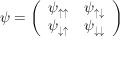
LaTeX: { \boldsymbol { \psi } } = { \left( \begin{array} { l l } { \psi _ { \uparrow \uparrow } } & { \psi _ { \uparrow \downarrow } } \\ { \psi _ { \downarrow \uparrow } } & { \psi _ { \downarrow \downarrow } } \end{array} \right) }